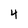
Character: 4